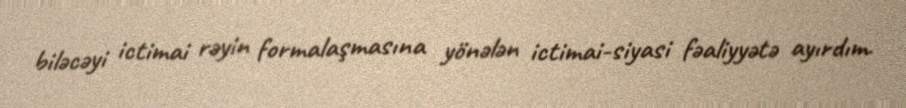
biləcəyi ictimai rəyin formalaşmasına yönələn ictimai-siyasi fəaliyyətə ayırdım.